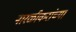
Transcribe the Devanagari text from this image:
नारळीकरांच्या